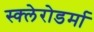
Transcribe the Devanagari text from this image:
स्क्‍लेरोडर्मा